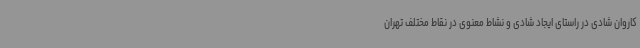
کاروان شادی در راستای ایجاد شادی و نشاط معنوی در نقاط مختلف تهران